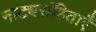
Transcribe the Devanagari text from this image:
नाट्यसंहिताएँ